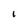
Character: 1